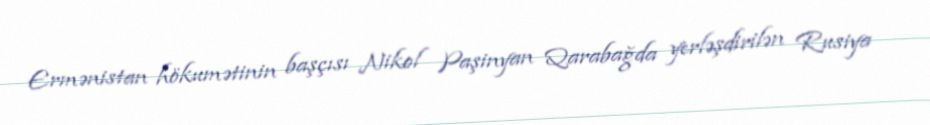
Ermənistan hökumətinin başçısı Nikol Paşinyan Qarabağda yerləşdirilən Rusiya